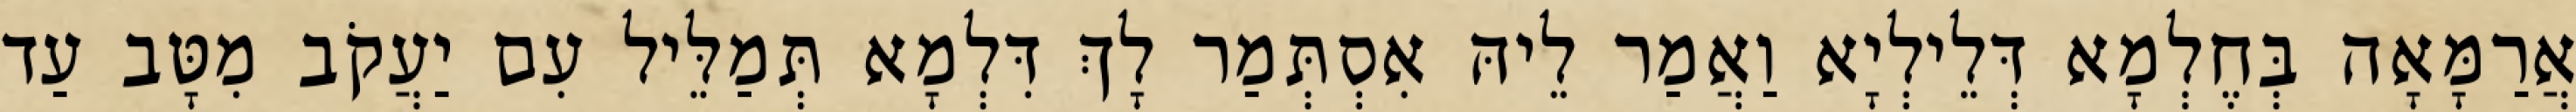
אֲרַמָּאָה בְּחֶלְמָא דְּלֵילְיָא וַאֲמַר לֵיהּ אִסְתְּמַר לָךְ דִּלְמָא תְּמַלֵּיל עִם יַעֲקֹב מִטָּב עַד